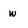
Character: w